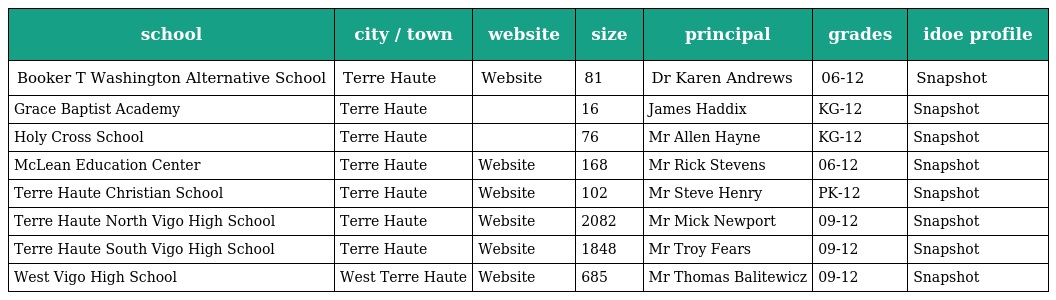
| school | city / town | website | size | principal | grades | idoe profile |
 | --- | --- | --- | --- | --- | --- | --- |
 | Booker T Washington Alternative School | Terre Haute | Website | 81 | Dr Karen Andrews | 06-12 | Snapshot |
 | Grace Baptist Academy | Terre Haute |  | 16 | James Haddix | KG-12 | Snapshot |
 | Holy Cross School | Terre Haute |  | 76 | Mr Allen Hayne | KG-12 | Snapshot |
 | McLean Education Center | Terre Haute | Website | 168 | Mr Rick Stevens | 06-12 | Snapshot |
 | Terre Haute Christian School | Terre Haute | Website | 102 | Mr Steve Henry | PK-12 | Snapshot |
 | Terre Haute North Vigo High School | Terre Haute | Website | 2082 | Mr Mick Newport | 09-12 | Snapshot |
 | Terre Haute South Vigo High School | Terre Haute | Website | 1848 | Mr Troy Fears | 09-12 | Snapshot |
 | West Vigo High School | West Terre Haute | Website | 685 | Mr Thomas Balitewicz | 09-12 | Snapshot |